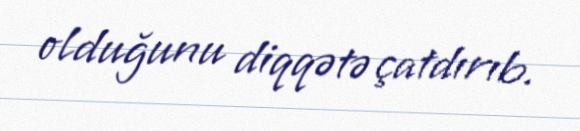
olduğunu diqqətə çatdırıb.